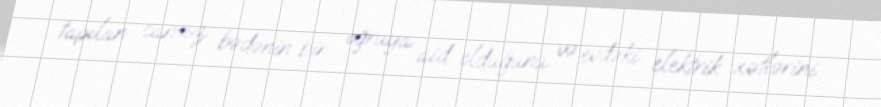
tapılan cansız bədənin bir oğruya aid olduğunu və evdəki elektrik xətlərini